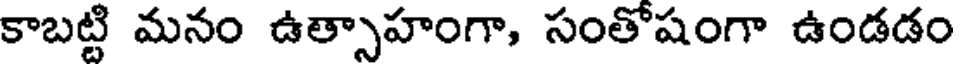
కాబట్టి మనం ఉత్సాహంగా, సంతోషంగా ఉండడం